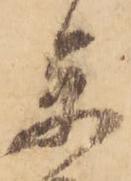
参